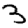
Digit: 3